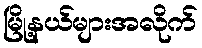
မြို့နယ်များအလိုက်